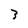
Character: 3